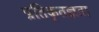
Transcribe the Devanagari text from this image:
प्रतिकृतज्ञता